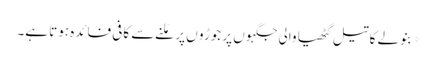
*بنولے کا تیل گٹھیا والی جگہوں پر جوڑو ں پر مَلنے سے کافی فائدہ ہوتا ہے۔